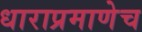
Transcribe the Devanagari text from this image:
धाराप्रमाणेच